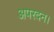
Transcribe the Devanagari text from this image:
अपरदन।